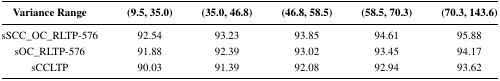
<table><thead><tr><td><b>Variance Range</b></td><td><b>(9.5, 35.0)</b></td><td><b>(35.0, 46.8)</b></td><td><b>(46.8,58.5)</b></td><td><b>(58.5,70.3)</b></td><td><b>(70.3,143.6)</b></td></tr></thead><tbody><tr><td>sSCC_OC_RLTP-576</td><td>92.54</td><td>93.23</td><td>93.85</td><td>94.61</td><td>95.88</td></tr><tr><td>sOC_RLTP-576</td><td>91.88</td><td>92.39</td><td>93.02</td><td>93.45</td><td>94.17</td></tr><tr><td>sCCLTP</td><td>90.03</td><td>91.39</td><td>92.08</td><td>92.94</td><td>93.62</td></tr></tbody></table>